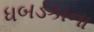
ધબડકાના